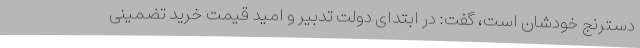
دسترنج خودشان است، گفت: در ابتدای دولت تدبیر و امید قیمت خرید تضمینی